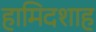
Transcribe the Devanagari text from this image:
हामिदशाह